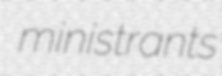
ministrants